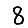
Digit: 8